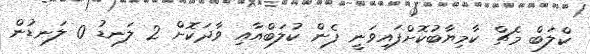
ކްލަބް މެޗް ކާމިޔާބުކޮށްފައިވަނީ ފެން ކުލަބްއާއި ވާދަކޮށް 2 ލަނޑު 0 ލަނޑުން